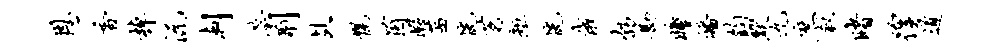
恩香棹沅剡蕊荆乩幌茵暇茜恍茗矩恍俄勃勘瞳皤钧默九庶叙睹徨道